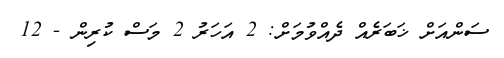
ސަންއަށް ޚަބަރެއް ދެއްވުމަށް: 2 އަހަރު 2 މަސް ކުރިން - 12